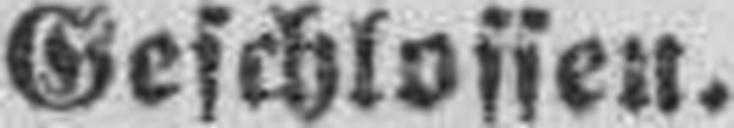
Geschlossen.